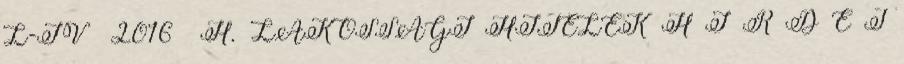
L-IV 2016 H. LAKOSSÁGI HITELEK H I R D E T